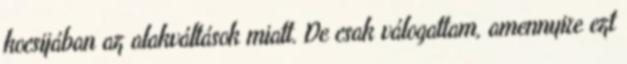
kocsijában az alakváltások miatt. De csak válogattam, amennyire ezt